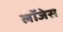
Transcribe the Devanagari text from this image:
लॉजेस